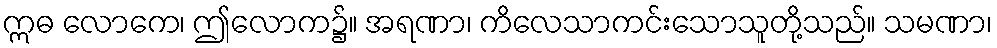
ဣဓ လောကေ၊ ဤလောက၌။ အရဏာ၊ ကိလေသာကင်းသောသူတို့သည်။ သမဏာ၊